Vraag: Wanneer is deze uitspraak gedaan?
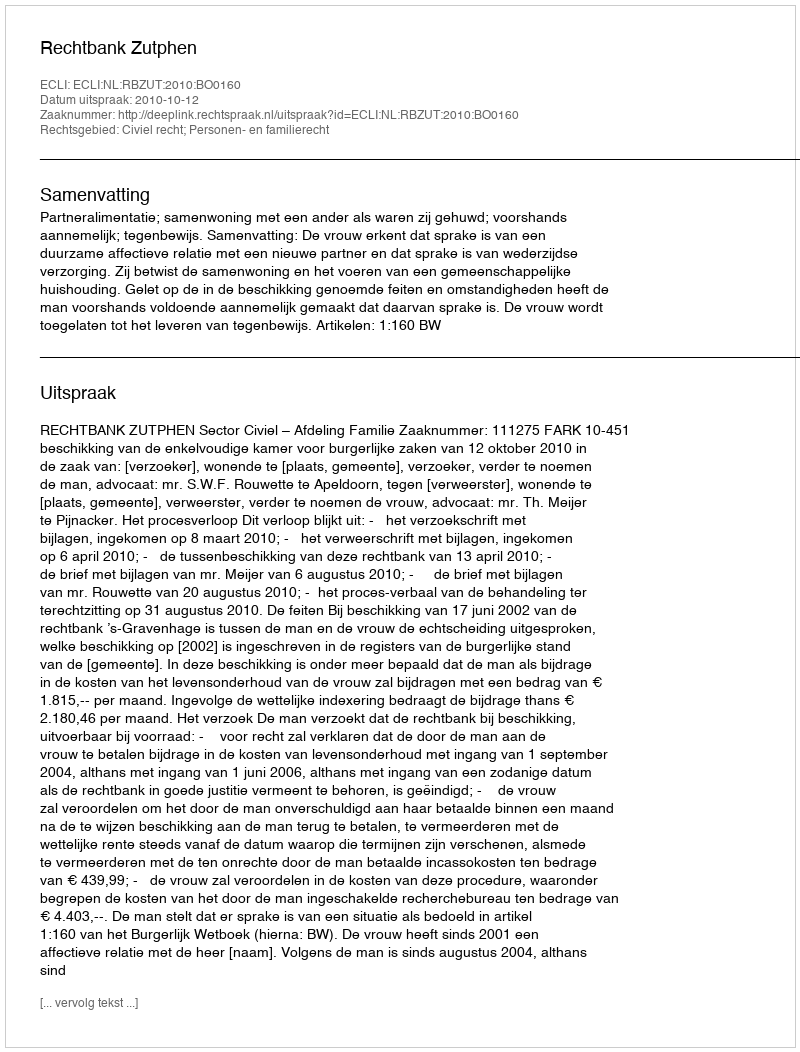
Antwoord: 2010-10-12